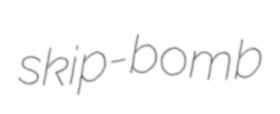
skip-bomb